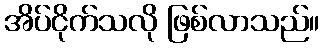
အိပ်ငိုက်သလို ဖြစ်လာသည်။